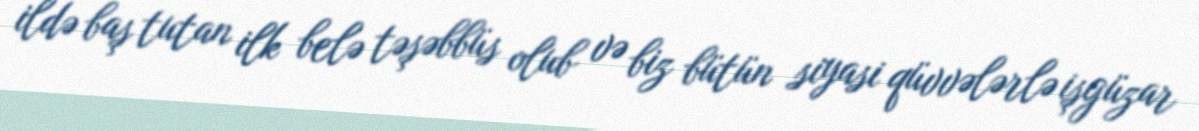
ildə baş tutan ilk belə təşəbbüs olub və biz bütün siyasi qüvvələrlə işgüzar